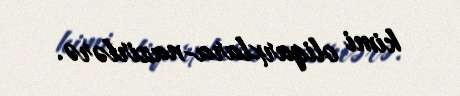
kimi oliqarxlara-nazirlərə.